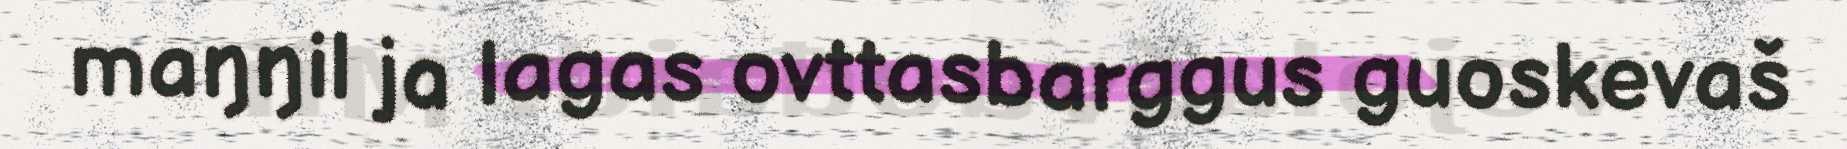
maŋŋil ja lagas ovttasbarggus guoskevaš